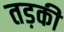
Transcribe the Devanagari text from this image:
तड़की